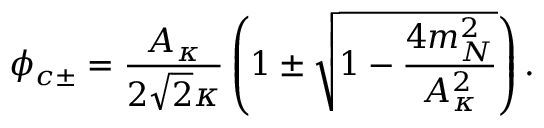
\phi _ { c \pm } = \frac { A _ { \kappa } } { 2 \sqrt { 2 } { \kappa } } \left( 1 \pm \sqrt { 1 - \frac { 4 m _ { N } ^ { 2 } } { A _ { \kappa } ^ { 2 } } } \right) .